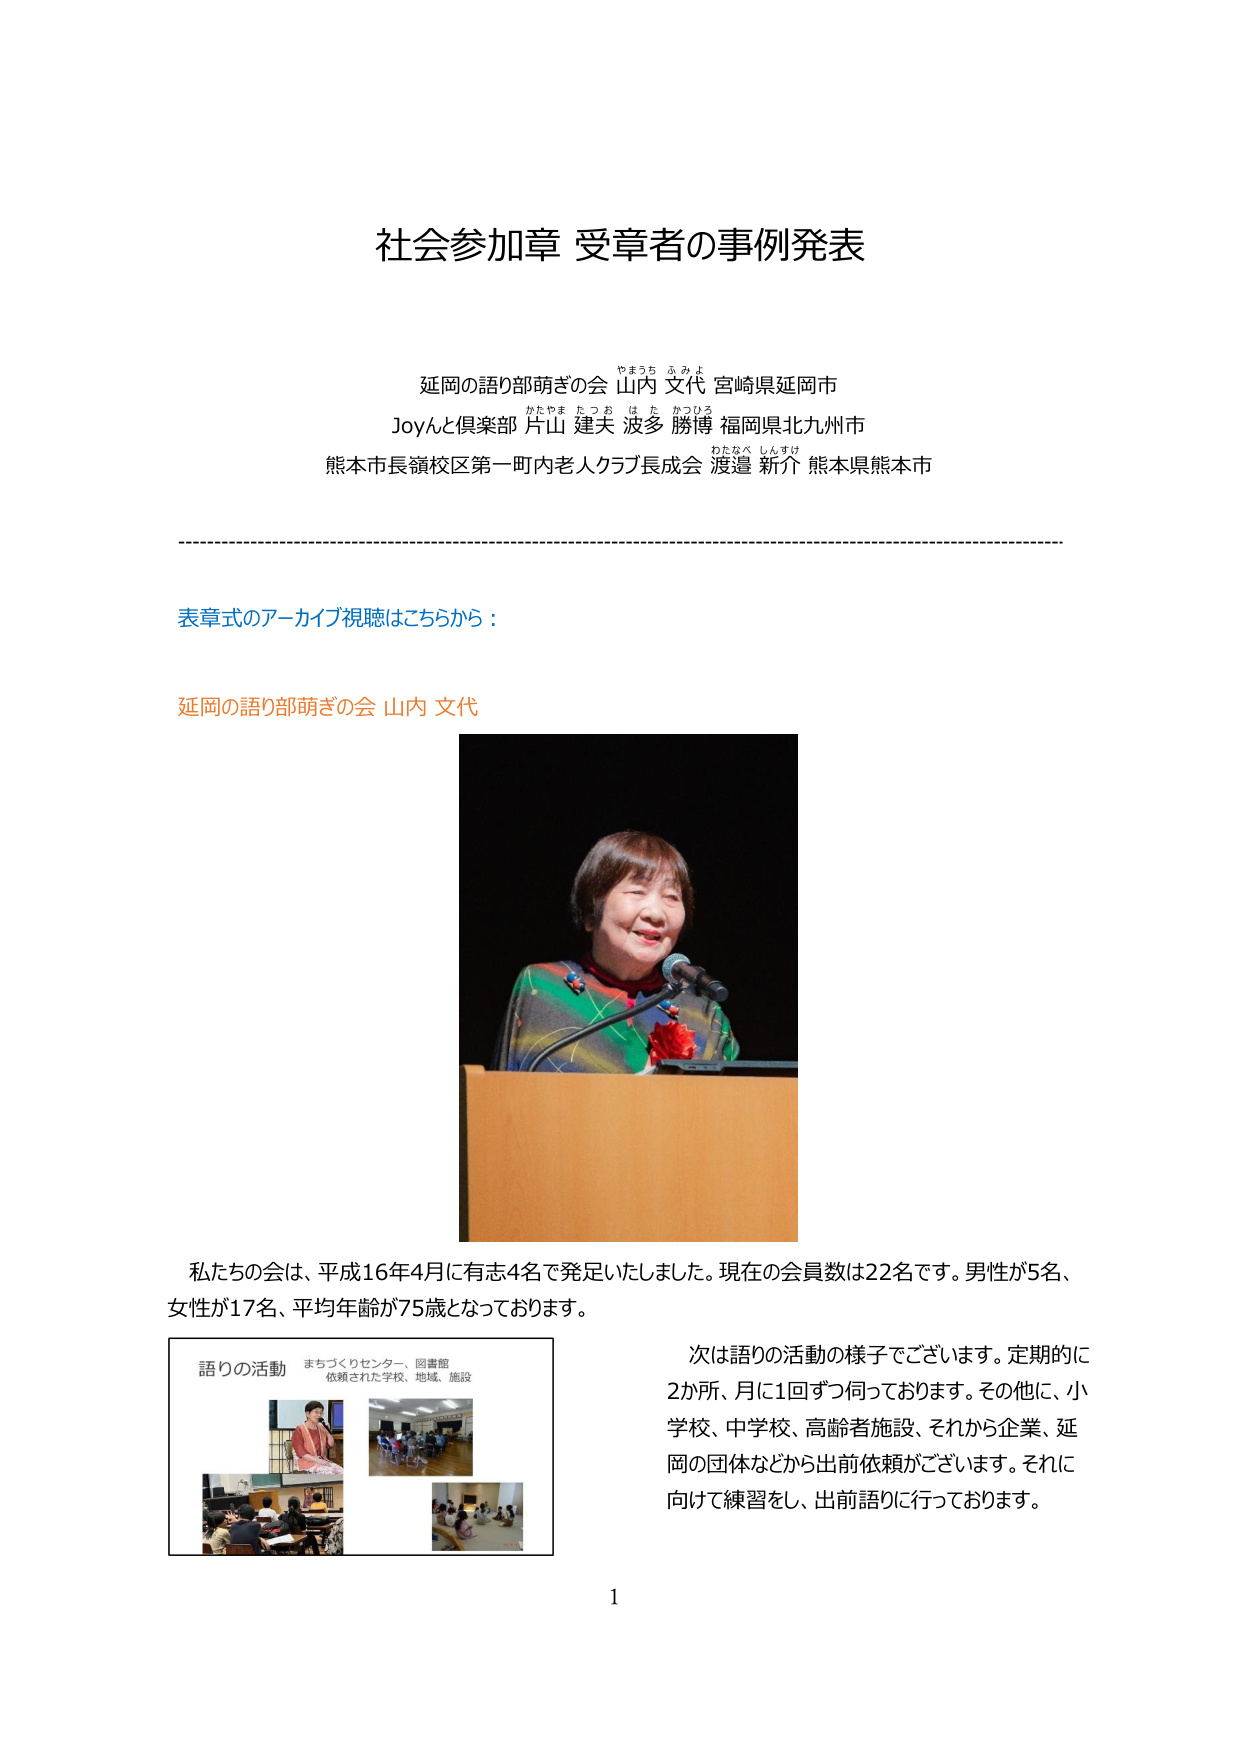
社会参加章 受章者の事例発表

延岡の語り部萌ぎの会 山内 文代 宮崎県延岡市
Joyんと倶楽部 片山 建夫 波多 勝博 福岡県北九州市
熊本市長嶺校区第一町内老人クラブ長成会 渡邉 新介 熊本県熊本市

表章式のアーカイブ視聴はこちらから：

延岡の語り部萌ぎの会 山内 文代

私たちの会は、平成16年4月に有志4名で発足いたしました。現在の会員数は22名です。男性が5名、女性が17名、平均年齢が75歳となっております。

語りの活動 まちづくりセンター、図書館
依頼された学校、地域、施設

次は語りの活動の様子でございます。定期的に
2か所、月に1回ずつ伺っております。その他に、小
学校、中学校、高齢者施設、それから企業、延
岡の団体などから出前依頼がございます。それに
向けて練習をし、出前語りに行っております。

1